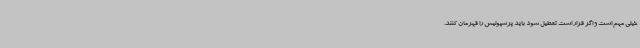
خیلی مهم است و اگر قرار است تعطیل شود باید پرسپولیس را قهرمان کنند.